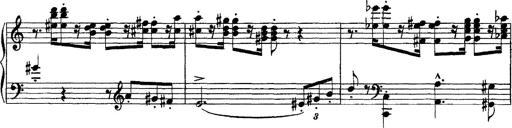
Title: Piano Sonata
Composer: Karl HÃ¤ssler
Key: C major